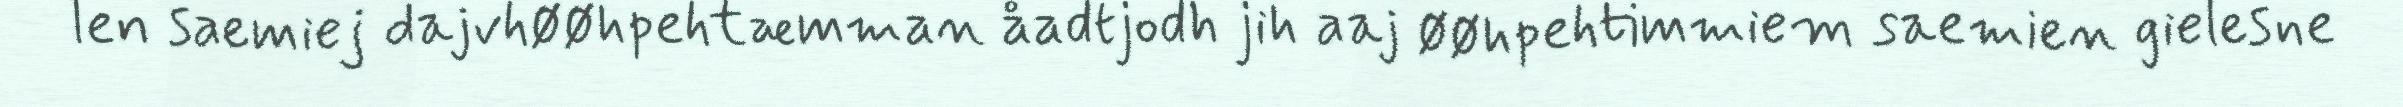
len saemiej dajvhøøhpehtæmman åadtjodh jih aaj øøhpehtimmiem saemien gielesne